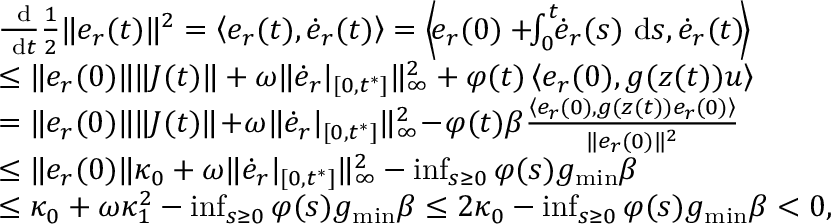
\begin{array} { r l } & { \frac { \mathrm { \normalfont ~ d } } { \mathrm { \normalfont ~ d } t } \frac { 1 } { 2 } \| e _ { r } ( t ) \| ^ { 2 } = \left\langle e _ { r } ( t ) , \dot { e } _ { r } ( t ) \right\rangle = \left\langle \! e _ { r } ( 0 ) + \! \! \textstyle \int _ { 0 } ^ { t } \! \! \dot { e } _ { r } ( s ) \ \mathrm { d } s , \dot { e } _ { r } ( t ) \! \right\rangle } \\ & { \le \| e _ { r } ( 0 ) \| \| J ( t ) \| + \omega \| \dot { e } _ { r } | _ { [ 0 , t ^ { * } ] } \| _ { \infty } ^ { 2 } + \varphi ( t ) \left\langle e _ { r } ( 0 ) , g ( z ( t ) ) u \right\rangle } \\ & { = \| e _ { r } ( 0 ) \| \| J ( t ) \| \! + \! \omega \| \dot { e } _ { r } | _ { [ 0 , t ^ { * } ] } \| _ { \infty } ^ { 2 } \! - \! \varphi ( t ) \beta \frac { \left\langle e _ { r } ( 0 ) , g ( z ( t ) ) e _ { r } ( 0 ) \right\rangle } { \| e _ { r } ( 0 ) \| ^ { 2 } } } \\ & { \le \| e _ { r } ( 0 ) \| \kappa _ { 0 } + \omega \| \dot { e } _ { r } | _ { [ 0 , t ^ { * } ] } \| _ { \infty } ^ { 2 } - \operatorname* { i n f } _ { s \ge 0 } \varphi ( s ) g _ { \mathrm { m i n } } \beta } \\ & { \le \kappa _ { 0 } + \omega \kappa _ { 1 } ^ { 2 } - \operatorname* { i n f } _ { s \ge 0 } \varphi ( s ) g _ { \mathrm { m i n } } \beta \le 2 \kappa _ { 0 } - \operatorname* { i n f } _ { s \ge 0 } \varphi ( s ) g _ { \mathrm { m i n } } \beta < 0 , } \end{array}